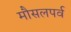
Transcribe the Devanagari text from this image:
मौसलपर्व